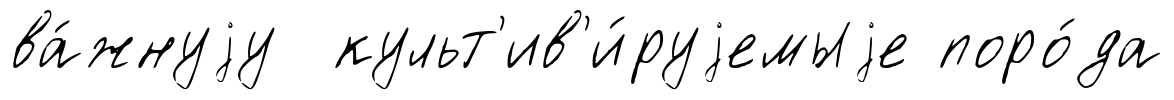
ва́жнуjу культ'ив'и́руjемыjе поро́да